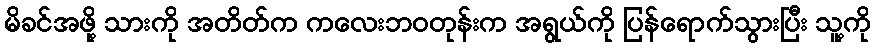
မိခင်အဖို့ သားကို အတိတ်က ကလေးဘဝတုန်းက အရွယ်ကို ပြန်ရောက်သွားပြီး သူ့ကို